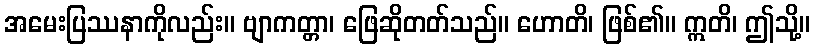
အမေးပြဿနာကိုလည်း။ ဗျာကတ္တာ၊ ဖြေဆိုတတ်သည်။ ဟောတိ၊ ဖြစ်၏။ ဣတိ၊ ဤသို့။